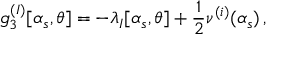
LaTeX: g _ { 3 } ^ { ( I ) } [ \alpha _ { s } , \theta ] = - \lambda _ { I } [ \alpha _ { s } , \theta ] + { \frac { 1 } { 2 } } \nu ^ { ( i ) } ( \alpha _ { s } ) \, ,